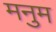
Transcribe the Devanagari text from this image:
मनुम